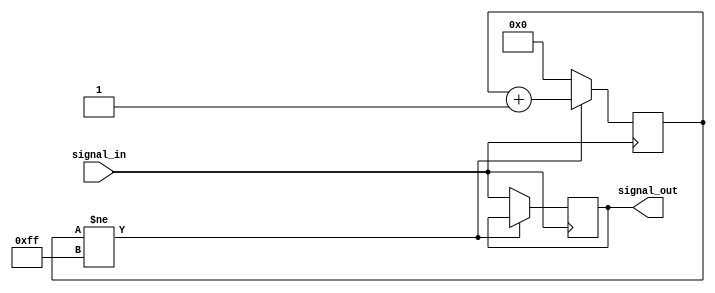
module Timing_Control_and_Synchronization(
    input wire signal_in,
    output reg signal_out
);

reg [7:0] delay_counter;

always @ (posedge signal_in) begin
    if (delay_counter != 8'hFF) begin
        delay_counter <= delay_counter + 1;
    end else begin
        delay_counter <= 8'h00;
        signal_out <= signal_in;
    end
end

endmodule